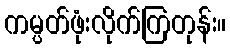
ကမ္ပတ်ဖုံးလိုက်ကြတုန်း။